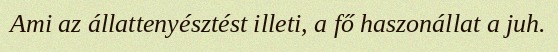
Ami az állattenyésztést illeti, a fő haszonállat a juh.